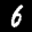
Label: 6